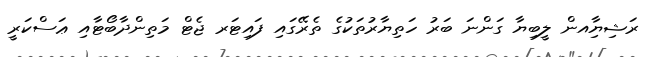
ރަޝިޔާިއން ލީބިޔާ ގަންނަ ބަރު ހަތިޔާރުތަކުގެ ތެރޭގައި ފައިޓަރ ޖެޓް މަތިންދާބޯޓާއި ޢަސްކަރީ